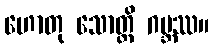
ဟောတု သောတ္ထိ ဂဗ္ဘဿ။